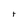
Character: t